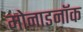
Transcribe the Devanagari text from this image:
मोनाडनॉक